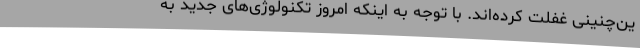
ین‌چنینی غفلت کرده‌اند. با توجه به اینکه امروز تکنولوژی‌های جدید به